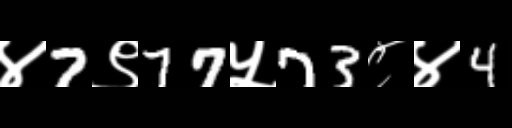
Text: ४7९77५73८४4